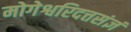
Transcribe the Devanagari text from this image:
मोगेश्वरिदत्तसंज्ञं